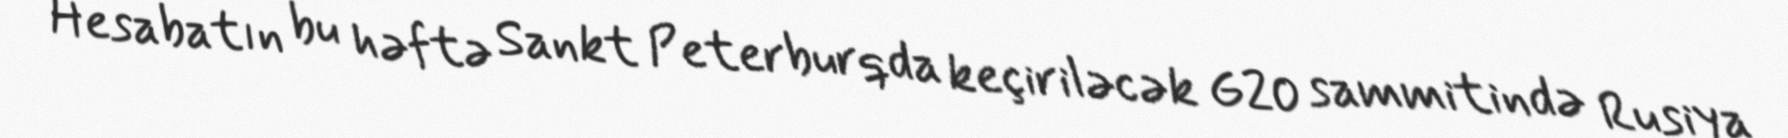
Hesabatın bu həftə Sankt Peterburqda keçiriləcək G20 sammitində Rusiya